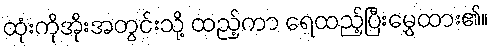
ထုံးကိုအိုးအတွင်းသို့ ထည့်ကာ ရေထည့်ပြီးမွှေထား၏။